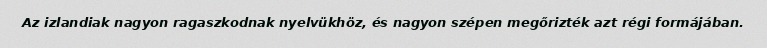
Az izlandiak nagyon ragaszkodnak nyelvükhöz, és nagyon szépen megőrizték azt régi formájában.